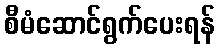
စီမံဆောင်ရွက်ပေးရန်